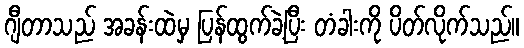
ဂျီတာသည် အခန်းထဲမှ ပြန်ထွက်ခဲ့ပြီး တံခါးကို ပိတ်လိုက်သည်။